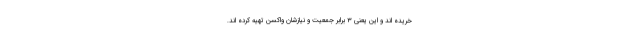
خریده اند و این یعنی ۳ برابر جمعیت و نیازشان واکسن تهیه کرده اند.